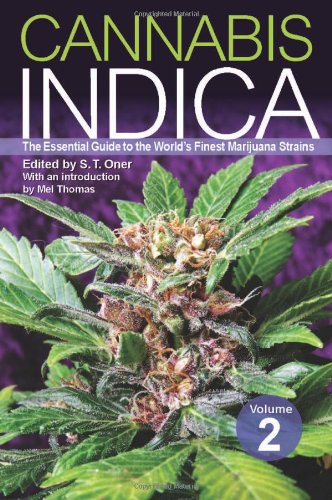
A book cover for Cannabis Indica Volume 2: The Essential Guide to the World's Finest Marijuana Strains; Crafts, Hobbies & Home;